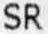
SR